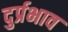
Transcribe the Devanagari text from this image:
दुर्प्रभाव